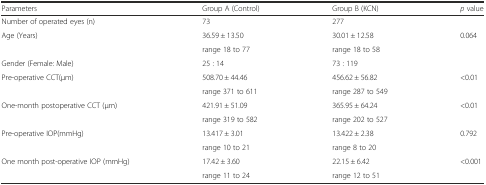
<table><thead><tr><td><b>Parameters</b></td><td><b>Group A (Control)</b></td><td><b>Group B (KCN)</b></td><td><b><i>p</i> value</b></td></tr></thead><tbody><tr><td>Number of operated eyes (n)</td><td>73</td><td>277</td><td></td></tr><tr><td rowspan="2">Age (Years)</td><td>36.59 ± 13.50</td><td>30.01 ± 12.58</td><td rowspan="2">0.064</td></tr><tr><td>range 18 to 77</td><td>range 18 to 58</td></tr><tr><td>Gender (Female: Male)</td><td>25 : 14</td><td>73 : 119</td><td></td></tr><tr><td rowspan="2">Pre-operative CCT(μm)</td><td>508.70 ± 44.46</td><td>456.62 ± 56.82</td><td rowspan="2">&lt;0.01</td></tr><tr><td>range 371 to 611</td><td>range 287 to 549</td></tr><tr><td rowspan="2">One-month postoperative CCT (μm)</td><td>421.91 ± 51.09</td><td>365.95 ± 64.24</td><td rowspan="2">&lt;0.01</td></tr><tr><td>range 319 to 582</td><td>range 202 to 527</td></tr><tr><td rowspan="2">Pre-operative IOP(mmHg)</td><td>13.417 ± 3.01</td><td>13.422 ± 2.38</td><td rowspan="2">0.792</td></tr><tr><td>range 10 to 21</td><td>range 8 to 20</td></tr><tr><td rowspan="2">One month post-operative IOP (mmHg)</td><td>17.42 ± 3.60</td><td>22.15 ± 6.42</td><td rowspan="2">&lt;0.001</td></tr><tr><td>range 11 to 24</td><td>range 12 to 51</td></tr></tbody></table>